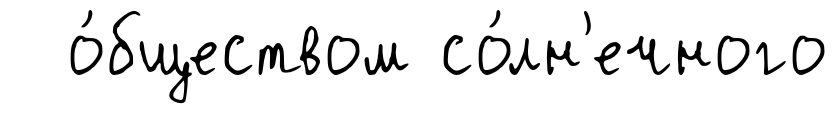
о́бществом со́лн'ечного